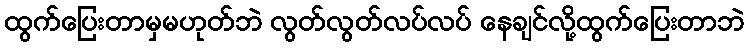
ထွက်ပြေးတာမှမဟုတ်ဘဲ လွတ်လွတ်လပ်လပ် နေချင်လို့ထွက်ပြေးတာဘဲ